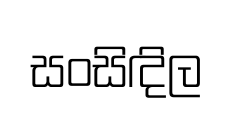
සංසිඳිල